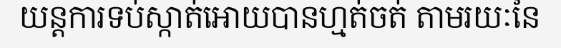
យន្តការទប់ស្កាត់អោយបានហ្មត់ចត់ តាមរយៈនៃ